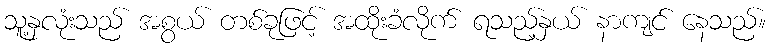
သူ့နှလုံးသည် အစွယ် တစ်ခုဖြင့် အထိုးခံလိုက် ရသည့်နှယ် နာကျင် နေသည်။